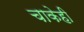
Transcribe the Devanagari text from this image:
चाकेही